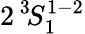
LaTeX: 2\, ^{3}\! S_{1}^{1-2}